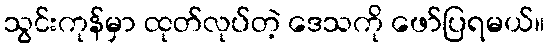
သွင်းကုန်မှာ ထုတ်လုပ်တဲ့ ဒေသကို ဖော်ပြရမယ်။